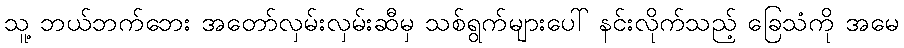
သူ့ ဘယ်ဘက်ဘေး အတော်လှမ်းလှမ်းဆီမှ သစ်ရွက်များပေါ် နင်းလိုက်သည့် ခြေသံကို အမေ